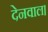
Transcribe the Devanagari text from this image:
देनवाल।